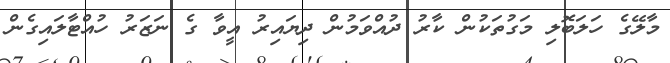
މާލޭގެ ހަލަބޮލި މަގުތަކުން ކާރު ދުއްވަމުން ދިޔައިރު އީވާ ގެ ނަޒަރު ހުއްޓާލައިގެން